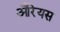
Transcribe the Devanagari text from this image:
औरेयस